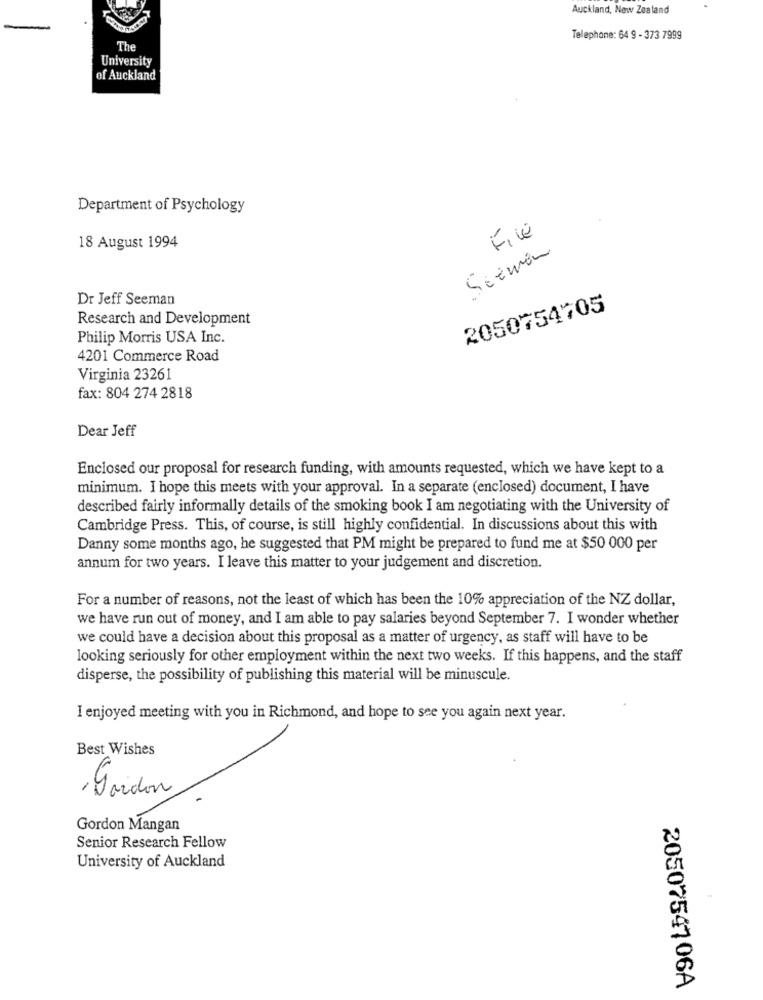
Auckland, New Zealand
Telephone: 64 9 - 373 7999
The
University
of Auckland
Department of Psychology
File
18 August 1994
Seeman
Dr Jeff Seeman
2050754705
Research and Development
Philip Morris USA Inc.
4201 Commerce Road
Virginia 23261
fax: 804 274 2818
Dear Jeff
Enclosed our proposal for research funding, with amounts requested, which we have kept to a
minimum. I hope this meets with your approval. In a separate (enclosed) document, I have
described fairly informally details of the smoking book I am negotiating with the University of
Cambridge Press. This, of course, is still highly confidential. In discussions about this with
Danny some months ago, he suggested that PM might be prepared to fund me at $50 000 per
annum for two years. I leave this matter to your judgement and discretion.
For a number of reasons, not the least of which has been the 10% appreciation of the NZ dollar,
we have run out of money, and I am able to pay salaries beyond September 7. I wonder whether
we could have a decision about this proposal as a matter of urgency, as staff will have to be
looking seriously for other employment within the next two weeks. If this happens, and the staff
disperse, the possibility of publishing this material will be minuscule.
I enjoyed meeting with you in Richmond, and hope to see you again next year.
Best Wishes
, gordon
Gordon Mangan
Senior Research Fellow
University of Auckland
2050754706A